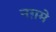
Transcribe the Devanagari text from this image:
नग़मे